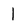
Character: 1